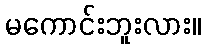
မကောင်းဘူးလား။